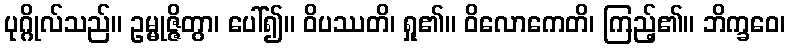
ပုဂ္ဂိုလ်သည်။ ဥမ္မုဇ္ဇိတွာ၊ ပေါ်၍။ ဝိပဿတိ၊ ရှု၏။ ဝိလောကေတိ၊ ကြည့်၏။ ဘိက္ခဝေ၊